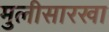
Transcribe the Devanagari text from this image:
मुलीसारखा